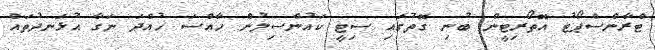
ޓްރާންސްޕޯޓު އޮތޯރިޓީން ބުނި ގޮތުގައި ސިޓީ ކައުންސިލުން ހާއްސަ ހުއްދަ ނަގާ އުޅަނދުތައް